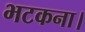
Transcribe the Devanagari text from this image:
भटकना।